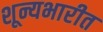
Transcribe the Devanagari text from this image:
शून्यभारीत